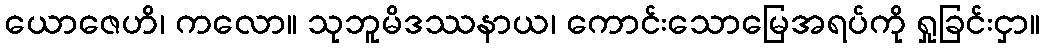
ယောဇေဟိ၊ ကလော။ သုဘူမိဒဿနာယ၊ ကောင်းသောမြေအရပ်ကို ရှုခြင်းငှာ။